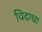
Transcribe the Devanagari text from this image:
विदग्धा